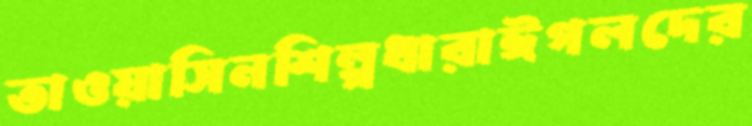
তাওয়াসিনশিল্পধারাঈগলদের